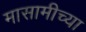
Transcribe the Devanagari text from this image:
मासामीच्या